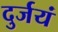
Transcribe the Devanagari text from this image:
दुर्जयं